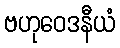
ဗဟုဝေဒနီယံ